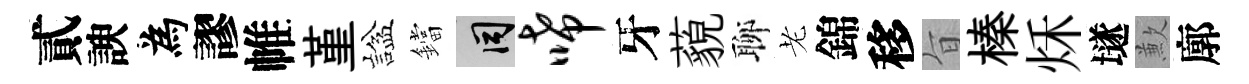
貳諛為謬帷堇諡鐺间唏牙藐聊老錦移旨榛秌𡑞歉廓